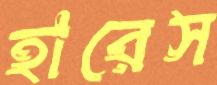
হারেস